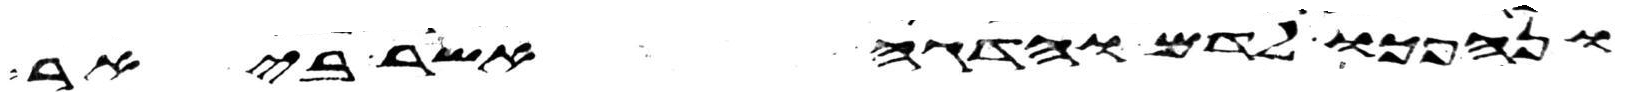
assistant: ונהפכו לדם והדגה אשר ביאר